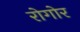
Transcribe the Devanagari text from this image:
रोगोर